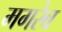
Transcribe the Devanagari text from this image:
मगरेब